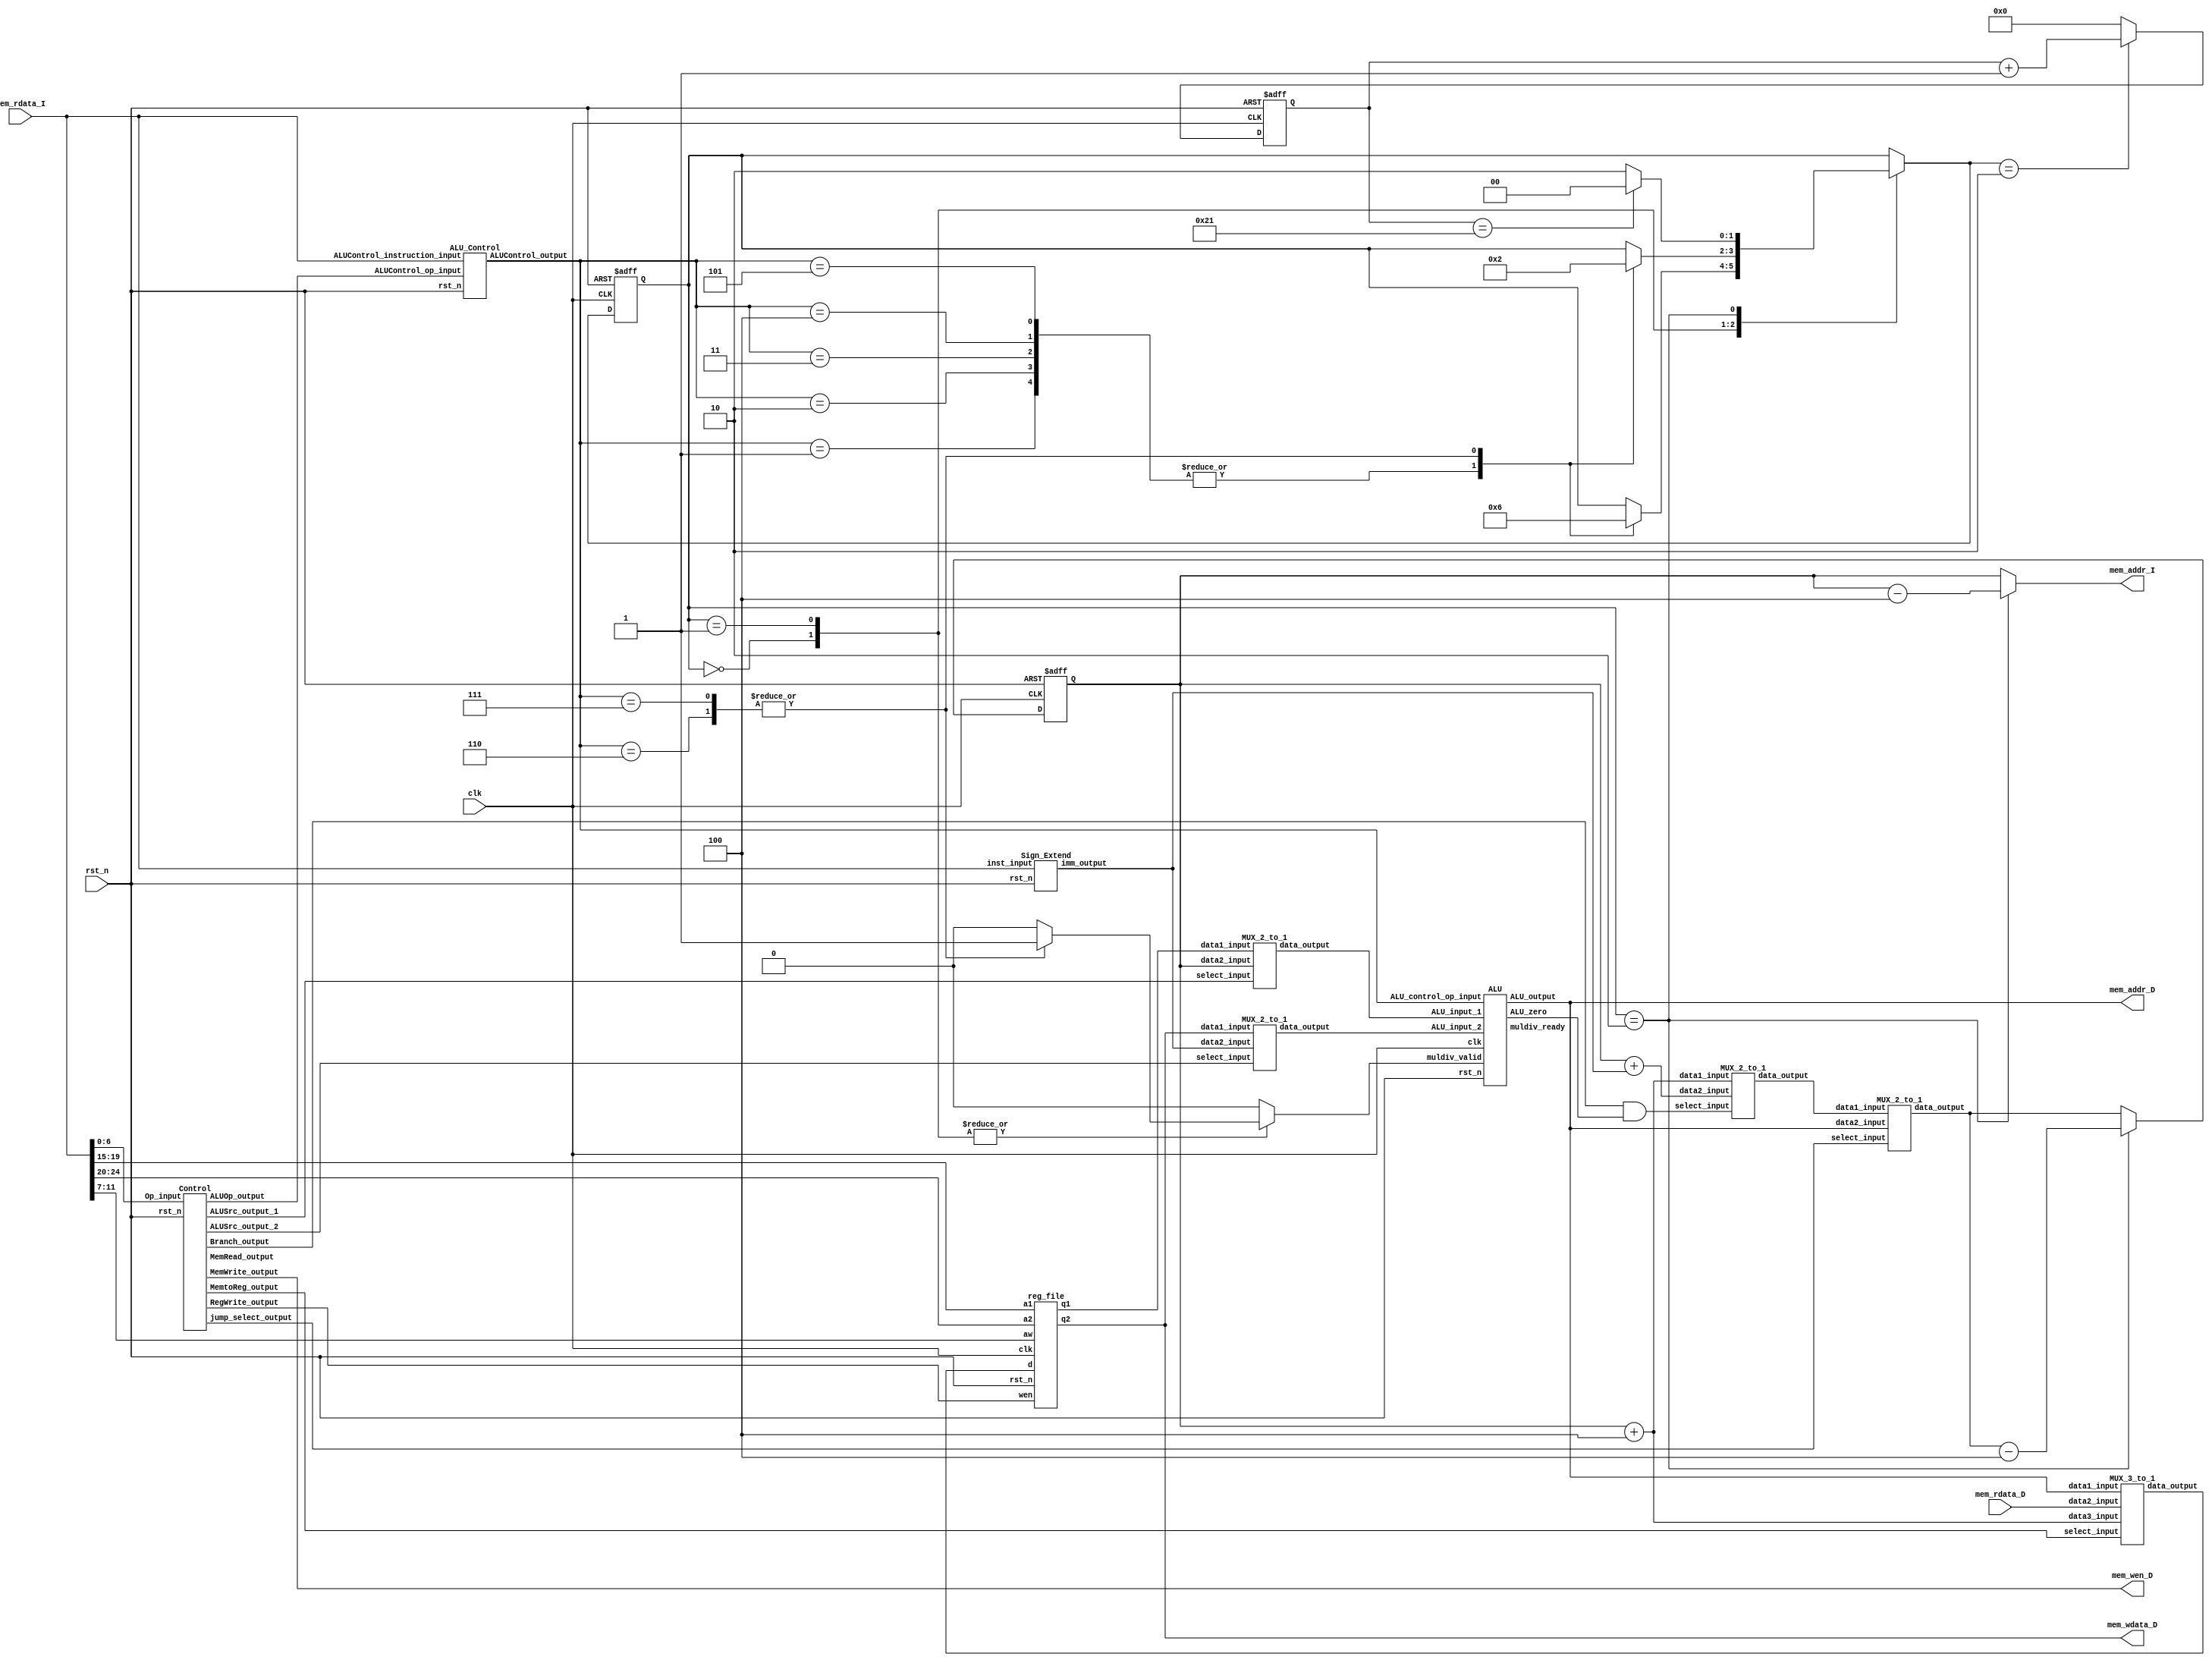
// Your code
module CHIP(clk,
            rst_n,
            // For mem_D
            mem_wen_D,
            mem_addr_D,
            mem_wdata_D,
            mem_rdata_D,
            // For mem_I
            mem_addr_I,
            mem_rdata_I);

    input         clk, rst_n ;
    // For mem_D
    output        mem_wen_D  ;
    output [31:0] mem_addr_D ;
    output [31:0] mem_wdata_D;
    input  [31:0] mem_rdata_D;
    // For mem_I
    output [31:0] mem_addr_I ;
    input  [31:0] mem_rdata_I;
    
    //---------------------------------------//
    // Do not modify this part!!!            //
    // Exception: You may change wire to reg //x`
    reg    [31:0] PC          ;              //
    reg    [31:0] PC_nxt      ;              //
    wire          regWrite    ;              //
    wire   [ 4:0] rs1, rs2, rd;              //
    wire   [31:0] rs1_data    ;              //
    wire   [31:0] rs2_data    ;              //
    wire   [31:0] rd_data     ;              //
    //---------------------------------------//

    //-------------------PC part----------------------------------------
	wire [31 : 0] PC_nxt_wire;
	wire[31 : 0] mux_for_jump; // wire between two MUX
	reg [31 : 0] PC_plusfour;
	reg [31 : 0] PC_shift;
	reg [31 : 0] jump_address;
	integer i;
	
	//-------------------PC_end-----------------------------------------
    
    wire Branch_control;
    wire MemRead_control;
    wire MemWrite_control;
	wire  [1 : 0] MemtoReg_control;
    wire  [1 : 0] MemtoReg_control_reg;
    wire  [1 : 0] ALUOp_control;
    wire ALUSrc_control_1;
    wire ALUSrc_control_2;
    wire jump_select;
	
    wire [31 : 0] imm_gen_output;
	
    wire [3 : 0]  ALU_operation;
    wire [31 : 0] ALU_input_1;
    wire [31 : 0] ALU_input_2;
    wire ALU_zero;
    wire [31 : 0] ALU_output;
    wire muldiv_ready;
    
    // wire Mem_Read_Write;
    // wire [31 : 0] Mem_output;
	reg muldiv_valid;
	//--------------------------------assign--------------------------------------------
	
	assign rs1 = mem_rdata_I[19 : 15];
    assign rs2 = mem_rdata_I[24 : 20];
    assign rd = mem_rdata_I[11 : 7];
    // assign Mem_Read_Write_control = (MemRead_control) ? 0 : 1;  //memory's implementaion requires only either of MemRead_control or MemWrite_control
	
	//output
	assign mem_wen_D = MemWrite_control;
    assign mem_addr_D = ALU_output; 
    assign mem_wdata_D = rs2_data;

    reg [31 : 0] mem_addr_I_reg;
    assign mem_addr_I = mem_addr_I_reg;

    reg [1 : 0] state;
    reg [1 : 0] state_nxt;
    //---------------------------------wait for mul and div--------------------------------------------
	always @(*)
    begin
        if ((state == 2'd2))
        begin
            mem_addr_I_reg = PC - 4;
			PC_nxt = PC_nxt_wire;
            PC_nxt = PC_nxt - 4;
        end
        // else if ((state == 2'd1) && (ALU_operation == 6 | ALU_operation == 7)) begin
        //     mem_addr_I_reg = PC - 4;
        //     PC_nxt = PC_nxt_wire;
        //     PC_nxt = PC_nxt - 4;
        // end
        else
        begin
            mem_addr_I_reg = PC;
			PC_nxt = PC_nxt_wire;
        end
    end
	//---------------------------------------//
    // Do not modify this part!!!            //
    reg_file reg0(                           //
        .clk(clk),                           //
        .rst_n(rst_n),                       //
        .wen(regWrite),                      //
        .a1(rs1),                            //
        .a2(rs2),                            //
        .aw(rd),                             //
        .d(rd_data),                         //
        .q1(rs1_data),                       //
        .q2(rs2_data));                      //
    //---------------------------------------//

    // Todo: any combinational/sequential circuit

    Control Control (
        .rst_n(rst_n),
        .Op_input(mem_rdata_I[6 : 0]),
        .Branch_output(Branch_control),
        .MemRead_output(MemRead_control),
        .MemWrite_output(MemWrite_control),
        .MemtoReg_output(MemtoReg_control),
        .ALUOp_output(ALUOp_control),
        .ALUSrc_output_1(ALUSrc_control_1),
        .ALUSrc_output_2(ALUSrc_control_2),
        .RegWrite_output(regWrite),
        .jump_select_output(jump_select)
    );

    // Imm Gen (32 bits in, 32 bits out)
    Sign_Extend Sign_Extend(
        .rst_n(rst_n),
        .inst_input (mem_rdata_I[31 : 0]),
        .imm_output (imm_gen_output)
    );

    // MUX between register and ALU (for rs1 and PC)
    MUX_2_to_1 MUX_reg_to_ALU(
        .data1_input(rs1_data),
        .data2_input(PC),
        .select_input(ALUSrc_control_1),
        .data_output(ALU_input_1)                //ALU 1st input
    );

    // MUX between register and ALU (for rs2 and imm_gen output)
    MUX_2_to_1 MUX_reg_to_ALU_1(
        .data1_input(rs2_data),
        .data2_input(imm_gen_output),
        .select_input(ALUSrc_control_2),
        .data_output(ALU_input_2)                //ALU 2nd input
    );

    // ALU Control
    ALU_Control ALU_Control(
        .rst_n(rst_n),
        .ALUControl_op_input(ALUOp_control),
        .ALUControl_instruction_input(mem_rdata_I[31 : 0]),
        .ALUControl_output(ALU_operation)   //ALU_control_op_input
    );

    // ALU
    ALU ALU(
        .clk(clk),
        .rst_n(rst_n),
        .ALU_input_1(ALU_input_1),
        .ALU_input_2(ALU_input_2),
        .ALU_control_op_input(ALU_operation),
        .muldiv_valid(muldiv_valid),
        .muldiv_ready(muldiv_ready),
        .ALU_zero(ALU_zero),
        .ALU_output(ALU_output)
    );

    // memory
    // memory memory(
    //     .clk(clk),
    //     .rst_n(rst_n),
    //     .wen(Mem_Read_Write_control),   //0: read; 1: write
    //     .a(ALU_output),
    //     .d(rs2_data),
    //     .q(Mem_output),                 //memory data output
    //     .offset()
    // );

    // MUX between memory and register (for ALU output and read data from memory)
    MUX_3_to_1 MUX_mem_to_reg(
        .data1_input(ALU_output),
        .data2_input(mem_rdata_D),
        .data3_input(PC_plusfour),                 //PC+4
        .select_input(MemtoReg_control),
        .data_output(rd_data)           //register write data input
    );
	
	// MUX between PC+4 & PC shift left
    wire branch_select;
    assign branch_select = Branch_control & ALU_zero;
	MUX_2_to_1 MUX_branch(
        .data1_input(PC_plusfour),
        .data2_input(PC_shift),
        .select_input(branch_select),
        .data_output(mux_for_jump)               
    );
	
	// MUX for jump decision
	MUX_2_to_1 MUX_jump(
        .data1_input(mux_for_jump),
        .data2_input(ALU_output),
        .select_input(jump_select),
        .data_output(PC_nxt_wire)               
    );
	
	//----------------------------fsm---------------------------------------------
	reg [5 : 0] counter;
	reg [5 : 0] counter_nxt;
	parameter IDLE = 2'd0;
    parameter SINGLE  = 2'd1;
    parameter MULTIPLE  = 2'd2;
    parameter OUT = 2'd3;
	
	always @(*) begin
		case(state)
			IDLE : begin
				case(ALU_operation)
					1 : begin
						state_nxt = SINGLE;
						muldiv_valid = 0;
					end
					2 : begin
						state_nxt = SINGLE;
						muldiv_valid = 0;
					end
					3 : begin
						state_nxt = SINGLE;
						muldiv_valid = 0;
					end
					4 : begin
						state_nxt = SINGLE;
						muldiv_valid = 0;
					end
					5 : begin
						state_nxt = SINGLE;
						muldiv_valid = 0;
					end
					6 : begin
						state_nxt = MULTIPLE;
						muldiv_valid = 1;
					end
					7 : begin
						state_nxt = MULTIPLE;
						muldiv_valid = 1;
					end
					default : begin
						state_nxt = state;
						muldiv_valid = 0;
					end
				endcase
			end
			SINGLE : begin
				case(ALU_operation)
					1 : begin
						state_nxt = IDLE;
						muldiv_valid = 0;
					end
					2 : begin
						state_nxt = IDLE;
						muldiv_valid = 0;
					end
					3 : begin
						state_nxt = IDLE;
						muldiv_valid = 0;
					end
					4 : begin
						state_nxt = IDLE;
						muldiv_valid = 0;
					end
					5 : begin
						state_nxt = IDLE;
						muldiv_valid = 0;
					end
					6 : begin
						state_nxt = MULTIPLE;
						muldiv_valid = 1;
					end
					7 : begin
						state_nxt = MULTIPLE;
						muldiv_valid = 1;
					end
					default : begin
						state_nxt = state;
						muldiv_valid = 0;
					end
				endcase
				//state_nxt = IDLE;
				//muldiv_valid = 0;
			end
			MULTIPLE : begin
				if(counter == 33)begin
					state_nxt = IDLE;
					muldiv_valid = 0;
				end
				else begin
					state_nxt = MULTIPLE;
					muldiv_valid = 0;
				end
			end
			default : begin
				state_nxt = state;
				muldiv_valid = 0;
			end
		endcase
	end
	
	// counter
	always@(*)begin
		case(state_nxt)
			MULTIPLE : begin
				counter_nxt = counter+1;
			end
			default:begin
				counter_nxt = 0;
			end
		endcase
	end
	
//-----------------------------------PC_comb---------------------------------------

	always@(*)begin
		PC_plusfour = PC + 4;
		PC_shift = PC + imm_gen_output;
	end
	always@(*)begin
		for(i=28; i<=31; i=i+1)begin
			jump_address[i] = PC_plusfour[i];
		end
		for(i=0; i<=25; i=i+1)begin
			jump_address[i+2] = mem_rdata_I[i];
		end
		for(i=0; i<=1; i=i+1)begin
			jump_address[i] = 0;
		end
	end
	
//-----------------------------------sequential part----------------------------------------
    always @(posedge clk or negedge rst_n) begin
        if (!rst_n) begin
            PC <= 32'h00010000; // Do not modify this value!!!
            state <= IDLE;
			counter <= 0;
        end
        else begin
            PC <= PC_nxt;
            state <= state_nxt;
			counter <= counter_nxt;
        end
    end
	
endmodule
//--------------------------CHIP_module_end---------------------------------------------------------------------------------------

module reg_file(clk, rst_n, wen, a1, a2, aw, d, q1, q2);

    parameter BITS = 32;
    parameter word_depth = 32;
    parameter addr_width = 5; // 2^addr_width >= word_depth

    input clk, rst_n, wen; // wen: 0:read | 1:write
    input [BITS-1:0] d;
    input [addr_width-1:0] a1, a2, aw;

    output [BITS-1:0] q1, q2;

    reg [BITS-1:0] mem [0:word_depth-1];
    reg [BITS-1:0] mem_nxt [0:word_depth-1];

    integer i;

    assign q1 = mem[a1];
    assign q2 = mem[a2];

    always @(*) begin
        for (i=0; i<word_depth; i=i+1)
            mem_nxt[i] = (wen && (aw == i)) ? d : mem[i];
    end

    always @(posedge clk or negedge rst_n) begin
        if (!rst_n) begin
            mem[0] <= 0;
            for (i=1; i<word_depth; i=i+1) begin
                case(i)
                    32'd2: mem[i] <= 32'hbffffff0;
                    32'd3: mem[i] <= 32'h10008000;
                    default: mem[i] <= 32'h0;
                endcase
            end
        end
        else begin
            mem[0] <= 0;
            for (i=1; i<word_depth; i=i+1)
                mem[i] <= mem_nxt[i];
        end
    end
endmodule

module Control
(   rst_n,
    Op_input,
    Branch_output,
    MemRead_output,
    MemWrite_output,
    MemtoReg_output,
    ALUOp_output,
    ALUSrc_output_1,
	ALUSrc_output_2,
	RegWrite_output,
    jump_select_output
);
input rst_n;
input  [6 : 0] Op_input;
output reg [1 : 0] ALUOp_output;
output reg ALUSrc_output_1;
output reg ALUSrc_output_2;
output reg Branch_output;
output reg MemRead_output;
output reg MemWrite_output;
output reg [1 : 0] MemtoReg_output;
output reg RegWrite_output;
output reg jump_select_output;


always @(*)
begin
    ALUSrc_output_1 = (Op_input == 7'b0010111 || Op_input == 7'b1101111)? 1'b1 : 1'b0; // for auipc and jal accessing PC
    ALUSrc_output_2 = (Op_input == 7'b0000011 || Op_input == 7'b0100011 || Op_input == 7'b0010011 || Op_input == 7'b0010111 || Op_input == 7'b1100111 || Op_input == 7'b1101111)? 1'b1 : 1'b0; // 7'b0010111 for auipc accessing imm
    Branch_output = (Op_input == 7'b1100011)? 1'b1 : 1'b0;                                                                                                                                      // 7'b1100111 for jalr accessing imm
    MemRead_output = (Op_input == 7'b0000011)? 1'b1 : 1'b0;                                                                                                                                     // 7'b1101111 for jal accessing imm
    MemWrite_output = (Op_input == 7'b0100011)? 1'b1 : 1'b0;
    RegWrite_output = (Op_input == 7'b0000011 || Op_input == 7'b0110011 || Op_input == 7'b0010011 || Op_input == 7'b0010111 || Op_input == 7'b1100111 || Op_input == 7'b1101111)? 1'b1 : 1'b0; // 7'b0010111 for auipc wb
                                                                                                                                                                                                // 7'b1100111 for jalr wb
    jump_select_output = (Op_input == 7'b1100111 || Op_input == 7'b1101111)? 1'b1 : 1'b0; // for jalr and jal setting PC = rs1 + imm or PC = PC + offset                                    // 7'b1101111 for jal wb
    // ----------------------------------------------------------------------------------------------------
    if (Op_input == 7'b0110011) // R-type inst, MUL, DIV, XOR
    begin
        ALUOp_output = 2'b10; 
        MemtoReg_output = 2'b00; // select ALU result to write data
    end
    else if (Op_input == 7'b0010011 || Op_input == 7'b0010111) // I-type inst, auipc, slti, srai
    begin
        ALUOp_output = 2'b11;
        MemtoReg_output = 2'b00; // select ALU result to write data
    end
    else if (Op_input == 7'b0000011) // lw inst
    begin
        ALUOp_output = 2'b00;
        MemtoReg_output = 2'b01; // select memory result to write data
    end
    else if (Op_input == 7'b0100011) // sw inst
    begin
        ALUOp_output = 2'b00;
		MemtoReg_output = 2'b00;
    end
    else if (Op_input == 7'b1100011) // beq inst
    begin
        ALUOp_output = 2'b01;
		MemtoReg_output = 2'b00;
    end
    //else if (Op_input == 7'b1100111 || Op_input == 7'b1101111) // jalr, jal inst
	else
    begin
        ALUOp_output = 2'b11;    
        MemtoReg_output = 2'b10; // select PC+4 result to write data in register
    end
    
end


endmodule

module Sign_Extend  // Imm Gen : for I-type, load, store, beq, auipc, jalr and jal
(   
    rst_n,
	inst_input,
	imm_output
);
    input rst_n;
	input  [31 : 0] inst_input;
	output [31 : 0] imm_output;

	reg [11 : 0] imm_reg;
    reg [19 : 0] imm_21_reg;
	reg [31 : 0] imm_output_reg;
    reg [31 : 0] imm_output_reg_temp;
	assign imm_output = imm_output_reg;

	always @(inst_input)
	begin
		if (inst_input[6 : 0] == 7'b0010011 || inst_input[6 : 0] == 7'b0000011 || inst_input[6 : 0] == 7'b1100111) // I-type, load, jalr
		begin
			imm_reg[11 : 0] = inst_input[31 : 20];
			imm_output_reg = {{20{imm_reg[11]}} , imm_reg[11 : 0]};
		end
		else if (inst_input[6 : 0] == 7'b0100011) // store
		begin
			imm_reg[4 : 0] = inst_input[11 : 7];
			imm_reg[11 : 5] = inst_input[31 : 25];
			imm_output_reg = {{20{imm_reg[11]}} , imm_reg[11 : 0]};
		end
		else if (inst_input[6 : 0] == 7'b1100011) // beq
		begin
			imm_reg[3 : 0] = inst_input[11 : 8];
			imm_reg[9 : 4] = inst_input[30 : 25];
			imm_reg[10] = inst_input[7];
			imm_reg[11] = inst_input[31];
			imm_output_reg_temp = {{20{imm_reg[11]}} , imm_reg[11 : 0]};
            imm_output_reg = imm_output_reg_temp << 1;
		end
		else if (inst_input[6 : 0] == 7'b0010111) // auipc
		begin
			imm_output_reg = {inst_input[31 : 12] , {12'b0}};
		end
		else if (inst_input[6 : 0] == 7'b1101111) // jal
		begin
			// imm_21_reg[10 : 1] = inst_input[30 : 21];
			// imm_21_reg[11] = inst_input[20];
			// imm_21_reg[19 : 12] = inst_input[19 : 12];
			// imm_21_reg[20] = inst_input[31];
			// imm_output_reg = {{11{imm_21_reg[20]}} , imm_21_reg[20 : 0]};
            imm_21_reg[9 : 0] = inst_input[30 : 21];
			imm_21_reg[10] = inst_input[20];
			imm_21_reg[18 : 11] = inst_input[19 : 12];
			imm_21_reg[19] = inst_input[31];
            // imm_21_reg[0] = 0;
			imm_output_reg_temp = {{12{imm_21_reg[19]}} , imm_21_reg[19 : 0] };
            imm_output_reg = imm_output_reg_temp << 1;
		end
        else
        begin
            imm_output_reg = 0;
        end
	end

    // always @(negedge rst_n)
    // begin
    //     if (!rst_n) imm_output_reg <= 0;
    // end

endmodule

module MUX_2_to_1
(
	data1_input,
	data2_input,
	select_input,
	data_output
);

	input  [31 : 0] data1_input;
	input  [31 : 0] data2_input;
	input           select_input;
	output [31 : 0] data_output;

	assign data_output = (select_input == 1'b0)? data1_input : data2_input;

endmodule

module ALU_Control(
    rst_n,
    ALUControl_op_input,
    ALUControl_instruction_input,
    ALUControl_output
);

    input   rst_n;
    input  [1 : 0] ALUControl_op_input;
    input  [31 : 0] ALUControl_instruction_input;
    output [3 : 0] ALUControl_output;

    reg  [3 : 0] ALUControl_output_reg;
    assign ALUControl_output = ALUControl_output_reg;

    always @(ALUControl_op_input or ALUControl_instruction_input)
    begin
        case(ALUControl_op_input)
            2'b00: ALUControl_output_reg = 4'b0001;//lw,sw add
            2'b01: ALUControl_output_reg = 4'b0010;//bq    subtract
            2'b10: begin
                //Rtype add/sub/AND/OR
                if      ({ALUControl_instruction_input[31:25],ALUControl_instruction_input[14:12]} == 10'b0000000000) ALUControl_output_reg = 4'b0001;//add
                else if ({ALUControl_instruction_input[31:25],ALUControl_instruction_input[14:12]} == 10'b0100000000) ALUControl_output_reg = 4'b0010;//subtract
                else if ({ALUControl_instruction_input[31:25],ALUControl_instruction_input[14:12]} == 10'b0000000111) ALUControl_output_reg = 4'b0011;//AND
                else if ({ALUControl_instruction_input[31:25],ALUControl_instruction_input[14:12]} == 10'b0000000110) ALUControl_output_reg = 4'b0100;//OR
                else if ({ALUControl_instruction_input[31:25],ALUControl_instruction_input[14:12]} == 10'b0000000100) ALUControl_output_reg = 4'b0101;//XOR
                else if ({ALUControl_instruction_input[31:25],ALUControl_instruction_input[14:12]} == 10'b0000001000) ALUControl_output_reg = 4'b0110;//MUL
                //else ({ALUControl_instruction_input[31:25],ALUControl_instruction_input[14:12]} == 10'b0000001100) ALUControl_output_reg = 4'b0111;//DIV
				else  ALUControl_output_reg = 4'b0111;//DIV
            end
            2'b11: begin
                if      ({ALUControl_instruction_input[14:12],ALUControl_instruction_input[6:0]} == 10'b0100010011)   ALUControl_output_reg = 4'b1000;//SLTI
                else if ({ALUControl_instruction_input[31:25],ALUControl_instruction_input[14:12]} == 10'b0100000101) ALUControl_output_reg = 4'b1001;//SRAI
                else if ({ALUControl_instruction_input[31:25],ALUControl_instruction_input[14:12]} == 10'b0000000001) ALUControl_output_reg = 4'b1010;//SLLI
                else ALUControl_output_reg = 4'b0001;//jal,jalr,addi,auipc
            end
            default:
                ALUControl_output_reg = 4'b0;
        endcase
    end

    // always @(negedge rst_n) 
    // begin
    //     if (!rst_n) ALUControl_output_reg <= 4'b0;
    // end

endmodule

module mulDiv(clk, rst_n, valid, ready, mode, in_A, in_B, out);
    // Todo: your HW2
    // Definition of ports
    input         clk, rst_n;
    input         valid;
    input  [3:0]  mode; // mode: 0110: mulu, 0111: divu, //2: and, 3: avg
    output        ready;

    input  [31:0] in_A, in_B;
    output [31:0] out;

    // Definition of states
    parameter IDLE = 2'd0;
    parameter MUL  = 2'd1;
    parameter DIV  = 2'd2;
    parameter OUT  = 2'd3;

    // Todo: Wire and reg if needed
    reg  [ 2:0] state, state_nxt;
    reg  [ 4:0] counter, counter_nxt;
    reg  [63:0] shreg, shreg_nxt;
    reg  [31:0] alu_in, alu_in_nxt;
    reg  [32:0] alu_out;

    // Todo 5: Wire assignments
    assign ready = (state == OUT) ? 1 : 0;
    assign out = (state == OUT) ? shreg[31:0] : 0;

    // Combinational always block
    // Todo 1: Next-state logic of state machine
    always @(*) begin
        case(state)
            IDLE: begin
                if (valid == 0) state_nxt = state;
                else begin
                    case(mode)
                        4'b0110: state_nxt = MUL;
                        4'b0111: state_nxt = DIV;
                        default: state_nxt = IDLE;
                    endcase
                end
            end
            MUL : begin
                if (counter != 31) state_nxt = MUL;
                else               state_nxt = OUT;
            end
            DIV : begin
                if (counter != 31) state_nxt = DIV;
                else               state_nxt = OUT;
            end
            OUT : state_nxt = IDLE;
            default : state_nxt = state;
        endcase
    end

    // Todo 2: Counter
    always @(*) begin
        if (state == MUL || state == DIV) counter_nxt = counter + 1;
        else                              counter_nxt = 0;
    end

    // ALU input
    always @(*) begin
        case(state)
            IDLE: begin
                if (valid) alu_in_nxt = in_B;
                else       alu_in_nxt = 0;
            end
            OUT : alu_in_nxt = 0;
            default: alu_in_nxt = alu_in;
        endcase
    end

    // Todo 3: ALU output
    always @(*) begin
        case(state)
            IDLE: alu_out = 0;
            MUL: begin
                if (shreg[0] == 1) alu_out = {33'b0} + (alu_in + shreg[63:32]);
                else               alu_out = {1'b0,shreg[63:32]};
            end
            DIV: begin
                if (shreg[63:32] >= alu_in) alu_out = {1'b1,shreg[63:32]-alu_in};
                else                        alu_out = {1'b0,shreg[63:32]};
            end
            OUT: alu_out = 0;
            default: alu_out = 0;
        endcase
    end

    // Todo 4: Shift register
    always @(*) begin
        case(state)
            IDLE: begin
                if (valid) shreg_nxt = {32'b0,in_A};
                else       shreg_nxt = 0;
            end
            MUL: shreg_nxt = ({32'b0,shreg[31:0]} >> 1) + {alu_out,31'b0};
            DIV: begin
                if (alu_out[32] == 0) shreg_nxt = shreg << 1;
                else                  shreg_nxt = ({alu_out[31:0],shreg[31:0]} << 1) + {64'b1};
                if (counter == 31) begin
                    if (shreg_nxt[63:32] >= alu_in) begin
                        shreg_nxt[63:32] = shreg_nxt[63:32] - alu_in;
                        shreg_nxt[31:0] = (shreg_nxt[31:0] << 1) + {32'b1};
                    end
                    else shreg_nxt[31:0] = (shreg_nxt[31:0] << 1) + {32'b0};
                end
            end
            OUT: shreg_nxt = 0;
            default: shreg_nxt = 0;
        endcase
    end

    // Todo: Sequential always block
    always @(posedge clk or negedge rst_n) begin
        if (!rst_n) begin
            state <= IDLE;
            counter <= 0;
            shreg <= 0;
        end
        else begin
            state <= state_nxt;
            counter <= counter_nxt;
            alu_in <= alu_in_nxt;
            shreg <= shreg_nxt;
        end
    end

endmodule

module ALU(
    clk,
    rst_n,
    ALU_input_1,
    ALU_input_2,
    ALU_control_op_input,
    muldiv_valid,
    muldiv_ready,
    ALU_zero,
    ALU_output
);

    input clk, rst_n;    
    input  [31 : 0] ALU_input_1;
    input  [31 : 0] ALU_input_2;
    input  [3 : 0] ALU_control_op_input;
    input  muldiv_valid;

    output muldiv_ready;
    output ALU_zero;
    output [31 : 0] ALU_output;

    reg ALU_zero_reg;
    reg  [31 : 0] ALU_output_reg;
    wire [31 : 0] ALU_output_wire;
    wire muldiv_ready_wire;
    assign ALU_zero = ALU_zero_reg; //beq (in_1 - in_2 == 0) ? 1 : 0
    // assign ALU_output = ALU_output_reg;
    assign muldiv_ready = muldiv_ready_wire;
    assign ALU_output = (muldiv_ready) ? ALU_output_wire : ALU_output_reg;

    mulDiv mulDiv(
        .clk(clk), 
        .rst_n(rst_n), 
        .valid(muldiv_valid),           //if valid == 0, mulDiv does nothing
        .ready(muldiv_ready_wire), 
        .mode(ALU_control_op_input),  //if (valid == 1) && (op_input == 4'b0110 or 4'b0111), mulDiv works
        .in_A(ALU_input_1), 
        .in_B(ALU_input_2), 
        .out(ALU_output_wire)
    );

    always @(ALU_input_1, ALU_input_2, ALU_control_op_input)
    begin
        case(ALU_control_op_input)
            4'b0001: begin 
                ALU_output_reg = ALU_input_1 + ALU_input_2;
                ALU_zero_reg = 0;
                // muldiv_ready_reg = 1;
            end
            4'b0010: begin
                ALU_output_reg = ALU_input_1 - ALU_input_2;
                if (ALU_output_reg == 32'b0) ALU_zero_reg = 1;
                else                         ALU_zero_reg = 0;
                // muldiv_ready_reg = 1;
            end
            4'b0011: begin
                ALU_output_reg = ALU_input_1 & ALU_input_2;
                ALU_zero_reg = 0;
                // muldiv_ready_reg = 1;
            end
            4'b0100: begin
                ALU_output_reg = ALU_input_1 | ALU_input_2;
                ALU_zero_reg = 0;
                // muldiv_ready_reg = 1;
            end
            4'b0101: begin
                ALU_output_reg = ALU_input_1 ^ ALU_input_2;
                ALU_zero_reg = 0;
                // muldiv_ready_reg = 1;
            end
            4'b1000: begin
                ALU_output_reg = (ALU_input_1 < ALU_input_2) ? 32'd1 : 0;
                ALU_zero_reg = 0;
            end
            4'b1001: begin
                ALU_output_reg = ALU_input_1 >>> ALU_input_2;    
                ALU_zero_reg = 0;
            end
            4'b1010: begin
                ALU_output_reg = ALU_input_1 << ALU_input_2;
                ALU_zero_reg = 0;
            end
            default: begin
                ALU_output_reg = 0;
                ALU_zero_reg = 0;
            end
        endcase
    end

endmodule

module MUX_3_to_1(
    data1_input,
    data2_input,
    data3_input,
    select_input,
    data_output
);

    input  [31 : 0] data1_input;
    input  [31 : 0] data2_input;
    input  [31 : 0] data3_input;
    input  [1 : 0]  select_input;
    output [31 : 0] data_output;

    reg [31 : 0] data_output_reg;
    assign data_output = data_output_reg;

    always @(data1_input, data2_input, data3_input, select_input) begin
        case(select_input)
            2'b00: data_output_reg = data1_input;
            2'b01: data_output_reg = data2_input;
            2'b10: data_output_reg = data3_input;
            2'b11: data_output_reg = 0;
        endcase
    end
    
endmodule